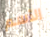
الأسم